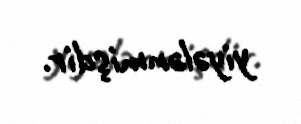
yiyələnmişdir.